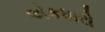
એકધારો